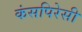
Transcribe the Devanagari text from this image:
कंसपिरेसी